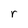
Character: r